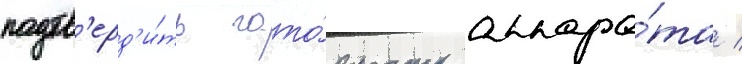
подтв'ерд'и́ть гото́вность аппара́та /